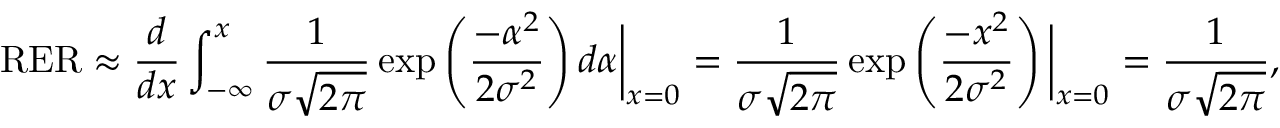
\mathrm { R E R } \approx \frac { d } { d x } \int _ { - \infty } ^ { x } \frac { 1 } { \sigma \sqrt { 2 \pi } } \exp \left( \frac { - \alpha ^ { 2 } } { 2 \sigma ^ { 2 } } \right) d \alpha \bigg \rvert _ { x = 0 } = \frac { 1 } { \sigma \sqrt { 2 \pi } } \exp \left( \frac { - x ^ { 2 } } { 2 \sigma ^ { 2 } } \right) \bigg \rvert _ { x = 0 } = \frac { 1 } { \sigma \sqrt { 2 \pi } } ,